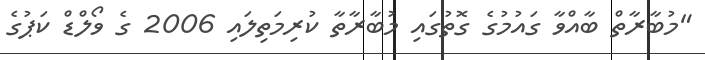
"މުބާރާތް ބާއްވާ ގައުމުގެ ގޮތުގައި މުބާރާތާ ކުރިމަތިލައި 2006 ގެ ވޯލްޑް ކަޕުގެ